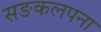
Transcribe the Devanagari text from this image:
सङकलपना